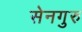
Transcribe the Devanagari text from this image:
सेनगुरु